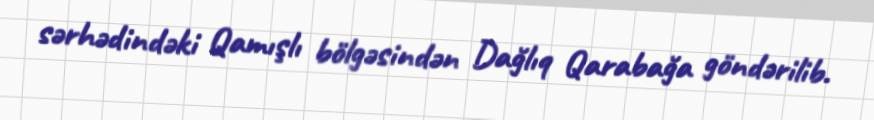
sərhədindəki Qamışlı bölgəsindən Dağlıq Qarabağa göndərilib.